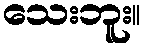
သေးဘူး။